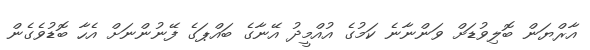
އާރްޔަން ބޮލިވުޑަށް ވަންނާނެ ކަމުގެ އުއްމީދު އޭނާގެ ބައްޕަގެ ފޭނުންނަށް އެހާ ބޮޑުވެގެން